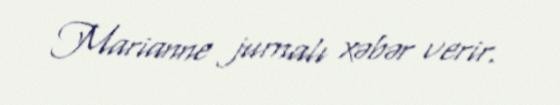
Marianne jurnalı xəbər verir.